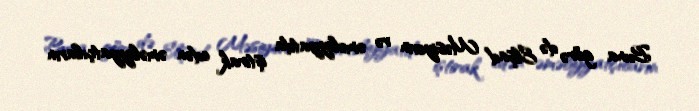
Buna görə də Elşad Məsiyevin və əməliyyatda iştirak edən əməliyyatçıların